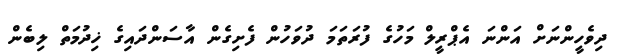
ދިވެހީންނަށް އަންނަ އެޕްރީލް މަހުގެ ފުރަތަމަ ދުވަހުން ފެށިގެން އާސަންދައިގެ ޚިދުމަތް ލިބެން